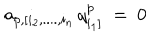
LaTeX: a _ { p , [ i _ { 2 } , . . . . , i _ { n } } \, q _ { i _ { 1 } ] } ^ { p } ~ = ~ 0